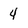
Character: 4